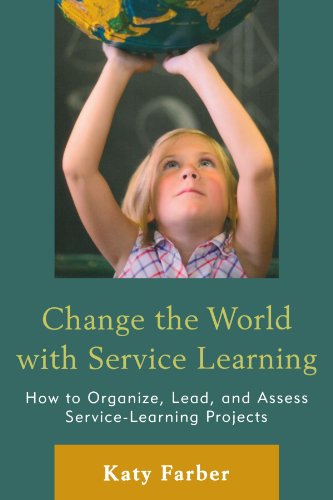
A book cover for Change the World with Service Learning: How to Create, Lead, and Assess Service Learning Projects; Katy Farber; Business & Money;